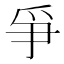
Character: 爭